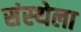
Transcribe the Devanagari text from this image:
संस्‍थ्‍ोला